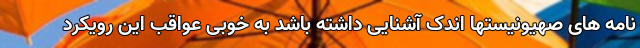
نامه های صهیونیستها اندک آشنایی داشته باشد به خوبی عواقب این رویکرد